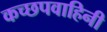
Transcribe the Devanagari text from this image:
कच्छपवाहिनी